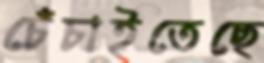
চেঁচাইতেছে